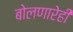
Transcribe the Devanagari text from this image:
बोलणारेही